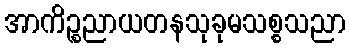
အာကိဉ္စညာယတနသုခုမသစ္စသညာ